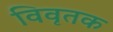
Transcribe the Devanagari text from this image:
विवृतक